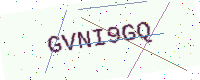
Text: GVNI9GQ